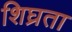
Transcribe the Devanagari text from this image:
शिघ्रता